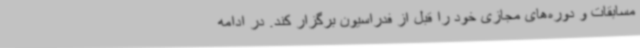
مسابقات و دوره‌های مجازی خود را قبل از فدراسیون برگزار کند. در ادامه